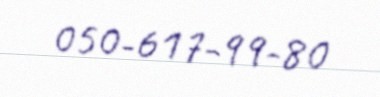
050-617-99-80